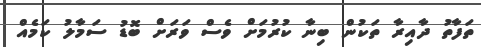
ތަފާތު ދާއިރާ ތަކުން ބިނާ ކުރުމަށް ވެސް ވަރަށް ބޮޑު ސަމާލު ކަމެއް